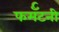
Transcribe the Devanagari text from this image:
फर्मॅटनी